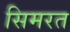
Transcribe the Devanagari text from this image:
सिमरत